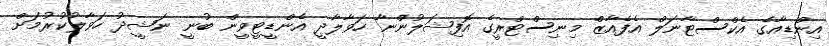
އިންޑިއާގެ އެކްސްޓާނަލް އެފެއާޒް މިނިސްޓްރީގެ އޮފިޝަލުންނާ ހަވާލާދީ އެންޑީޓީވީން ބުނީ ނަޝީދު ހަވާލުކުރުމަށް